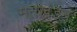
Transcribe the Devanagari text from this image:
मतखंडन